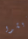
يعيشوا